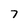
Character: 7